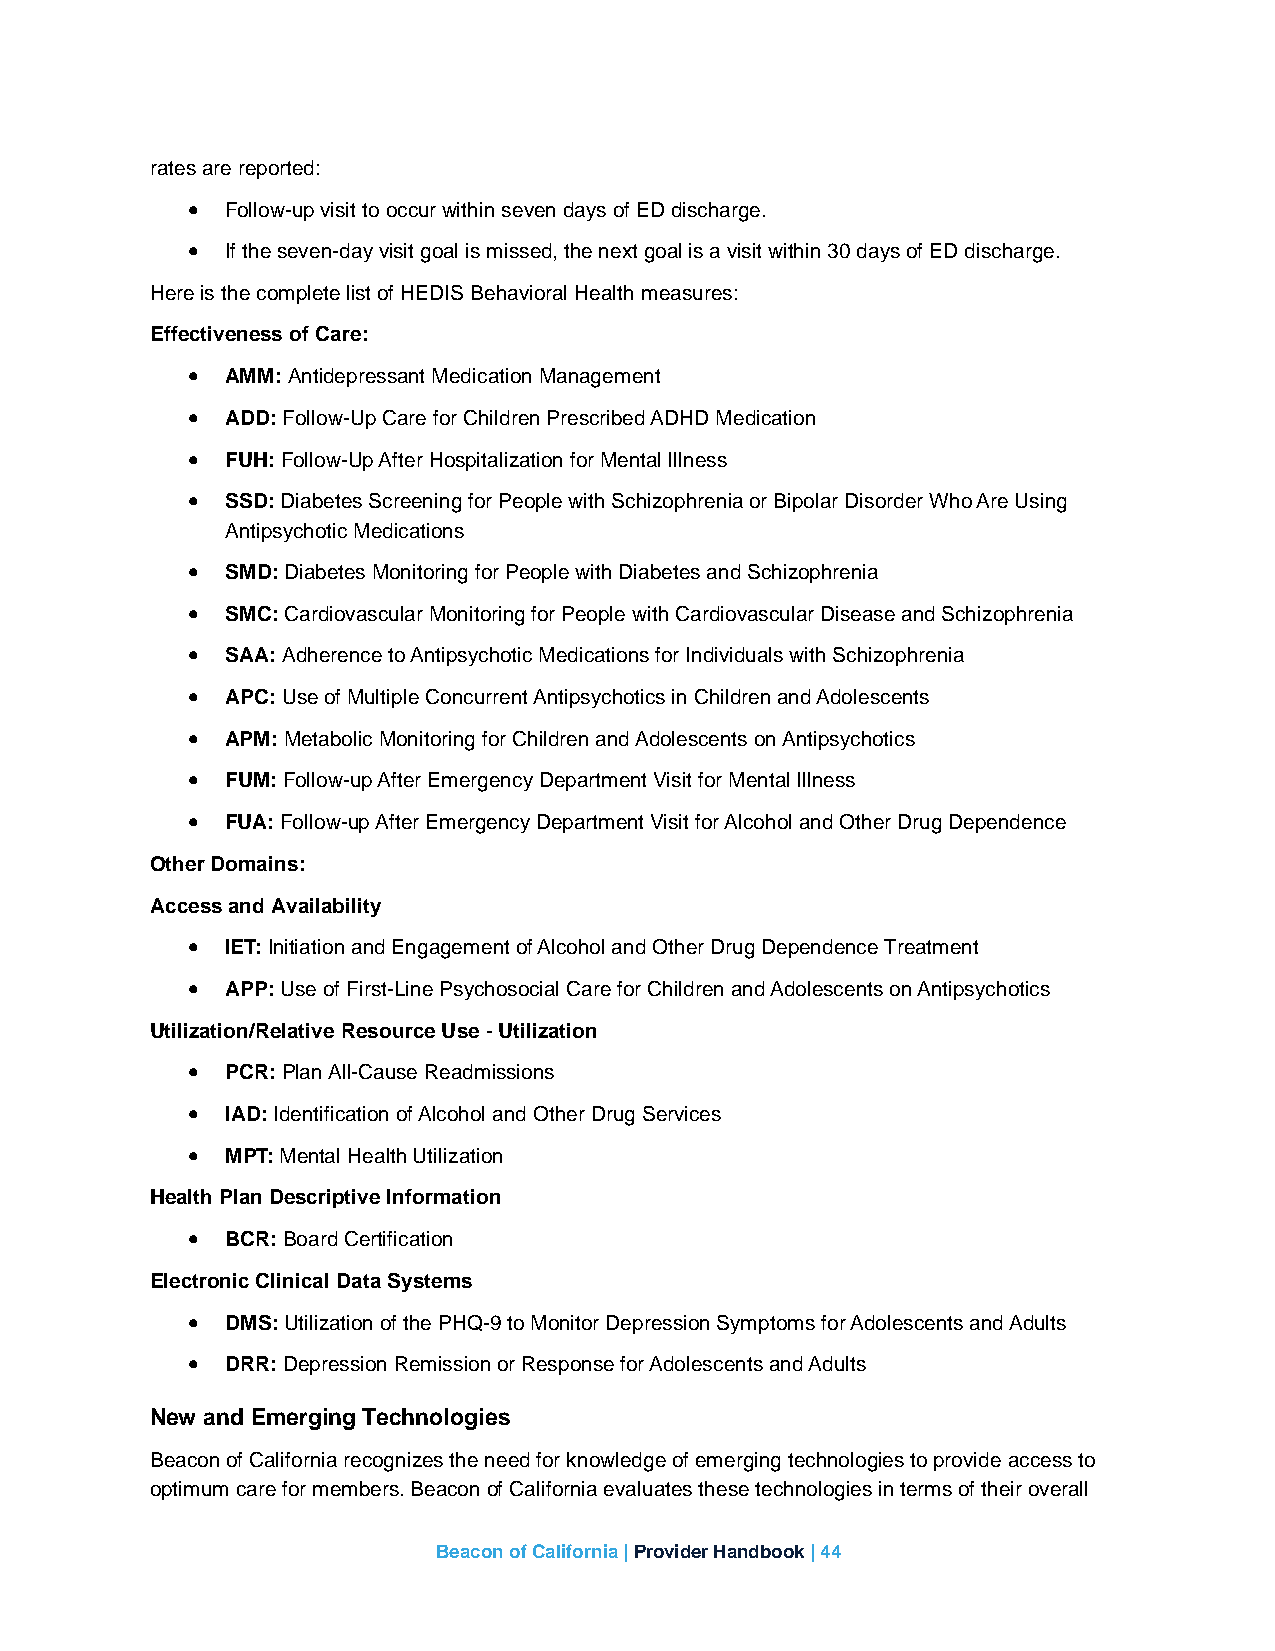
rates are reported:
 •  Follow-up visit to occur within seven days of ED discharge.
 •  If the seven-day visit goal is missed, the next goal is a visit within 30 days of ED discharge.
 Here is the complete list of HEDIS Behavioral Health measures:
 Effectiveness of Care:
 •  AMM: Antidepressant Medication Management
 •  ADD: Follow-Up Care for Children Prescribed ADHD Medication
 •  FUH: Follow-Up After Hospitalization for Mental Illness
 •  SSD: Diabetes Screening for People with Schizophrenia or Bipolar Disorder Who Are Using
 Antipsychotic Medications
 •  SMD: Diabetes Monitoring for People with Diabetes and Schizophrenia
 •  SMC: Cardiovascular Monitoring for People with Cardiovascular Disease and Schizophrenia
 •  SAA: Adherence to Antipsychotic Medications for Individuals with Schizophrenia
 •  APC: Use of Multiple Concurrent Antipsychotics in Children and Adolescents
 •  APM: Metabolic Monitoring for Children and Adolescents on Antipsychotics
 •  FUM: Follow-up After Emergency Department Visit for Mental Illness
 •  FUA: Follow-up After Emergency Department Visit for Alcohol and Other Drug Dependence
 Other Domains:
 Access and Availability
 •  IET: Initiation and Engagement of Alcohol and Other Drug Dependence Treatment
 •  APP: Use of First-Line Psychosocial Care for Children and Adolescents on Antipsychotics
 Utilization/Relative Resource Use - Utilization
 •  PCR: Plan All-Cause Readmissions
 •  IAD: Identification of Alcohol and Other Drug Services
 •  MPT: Mental Health Utilization
 Health Plan Descriptive Information
 •  BCR: Board Certification
 Electronic Clinical Data Systems
 •  DMS: Utilization of the PHQ-9 to Monitor Depression Symptoms for Adolescents and Adults
 •  DRR: Depression Remission or Response for Adolescents and Adults
 New and Emerging Technologies
 Beacon of California recognizes the need for knowledge of emerging technologies to provide access to
 optimum care for members. Beacon of California evaluates these technologies in terms of their overall
 Beacon of California | Provider Handbook | 44